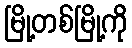
မြို့တစ်မြို့ကို